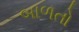
બાળતો